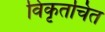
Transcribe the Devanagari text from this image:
विकृतचित